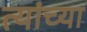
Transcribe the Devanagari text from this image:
त्यांच्या